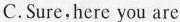
C.Sure,here you are